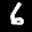
Label: 6